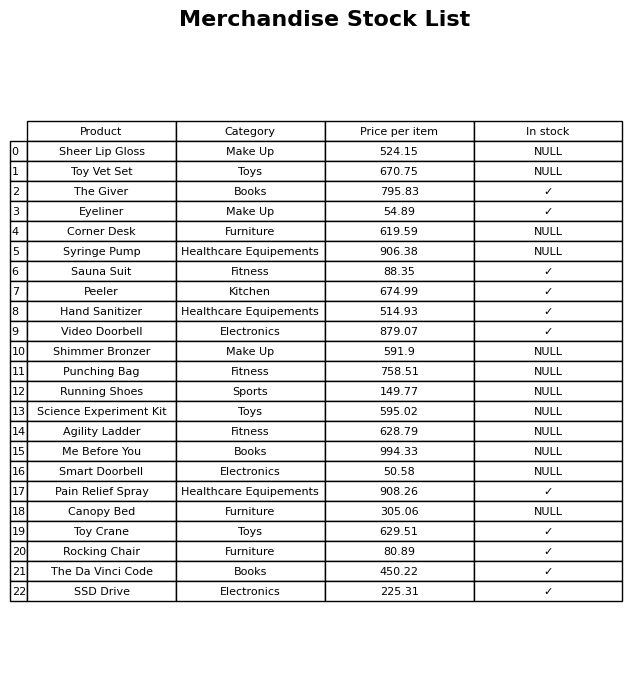
question: What is the price of the The Da Vinci Code?
answer: The price of The Da Vinci Code is 450.22.